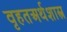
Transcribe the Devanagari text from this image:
वृहतअर्थशास्त्र